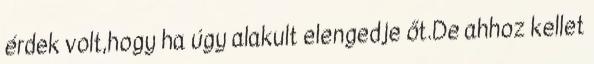
érdek volt,hogy ha úgy alakult elengedje őt.De ahhoz kellet